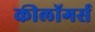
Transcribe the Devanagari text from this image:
कीलॉगर्स